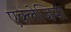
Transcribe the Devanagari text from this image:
एक्लेजिया